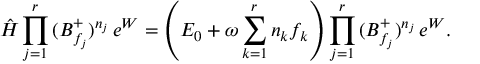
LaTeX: \hat { \cal H } \prod _ { j = 1 } ^ { r } \, ( B _ { f _ { j } } ^ { + } ) ^ { n _ { j } } \, e ^ { W } = \left( { \cal E } _ { 0 } + \omega \sum _ { k = 1 } ^ { r } n _ { k } f _ { k } \right) \prod _ { j = 1 } ^ { r } \, ( B _ { f _ { j } } ^ { + } ) ^ { n _ { j } } \, e ^ { W } .